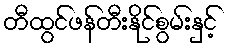
တီထွင်ဖန်တီးနိုင်စွမ်းနှင့်